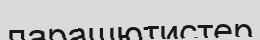
парашютистер